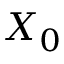
X _ { 0 }